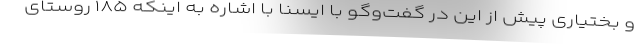
و بختیاری پیش از این در گفت‌وگو با ایسنا با اشاره به اینکه ۱۸۵ روستای